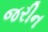
જરીન